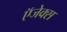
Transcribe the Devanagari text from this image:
ऍजेक्स